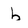
Character: b